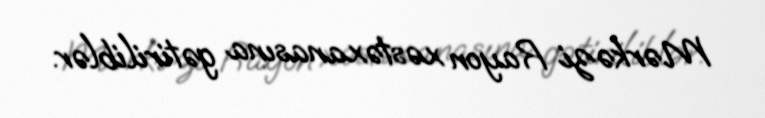
Mərkəzi Rayon xəstəxanasına gətiriliblər.